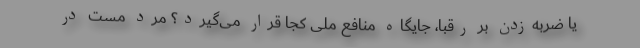
یا ضربه‌زدن بر رقبا، جایگاه منافع ملی کجا قرار می‌گیرد؟ مرد مست در